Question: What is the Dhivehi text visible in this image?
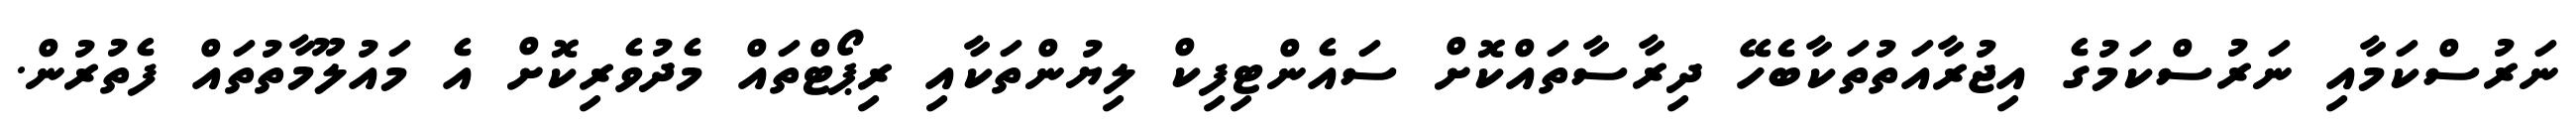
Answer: ނަރުސްކަމާއި ނަރުސްކަމުގެ އިޖުރާއަތުތަކާބެހޭ ދިރާސާތައްކޮށް ސައެންޓިފިކް ލިޔުންތަކާއި ރިޕޯޓްތައް މެދުވެރިކޮށް އެ މައުލޫމާތުތައް ފެތުރުން.